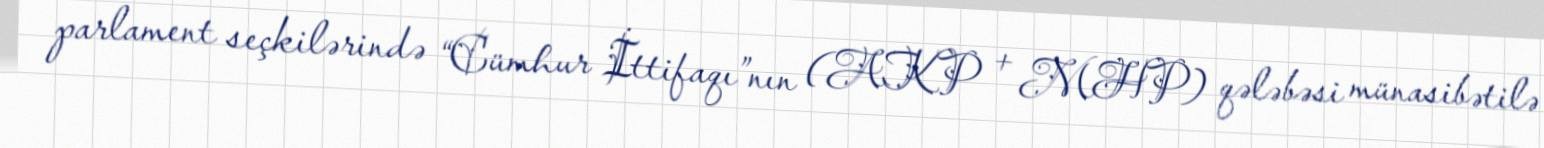
parlament seçkilərində “Cümhur İttifaqı”nın (AKP + MHP) qələbəsi münasibətilə